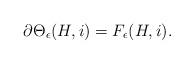
LaTeX: \begin{align*} \partial \Theta_\epsilon(H, i) = F_\epsilon(H, i).\end{align*}